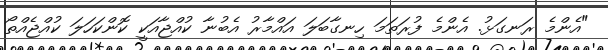
"އެންމެ ރަނގަޅު. އެންމެ ފުރަތަމަ ހިނގާބަލަ އައްމާރު އެބުނާ ކުއްޖާއަކީ ކޮންކަހަލަ ކުއްޖެއްތޯ